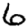
Digit: 6